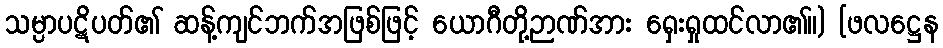
သမ္ပာပဋိပတ်၏ ဆန့်ကျင်ဘက်အဖြစ်ဖြင့် ယောဂီတို့ဉာဏ်အား ရှေးရှုထင်လာ၏။) [ဖလဋ္ဌေန